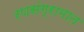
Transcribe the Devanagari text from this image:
रणसंग्रामात